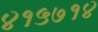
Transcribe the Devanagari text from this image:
४१५७१४